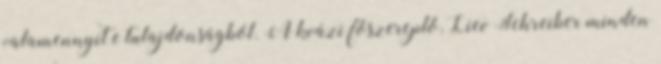
valamennyit e tulajdonságból. A kvázi főszereplő, Liev Schreiber minden